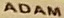
ADAM